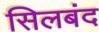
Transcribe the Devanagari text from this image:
सिलबंद